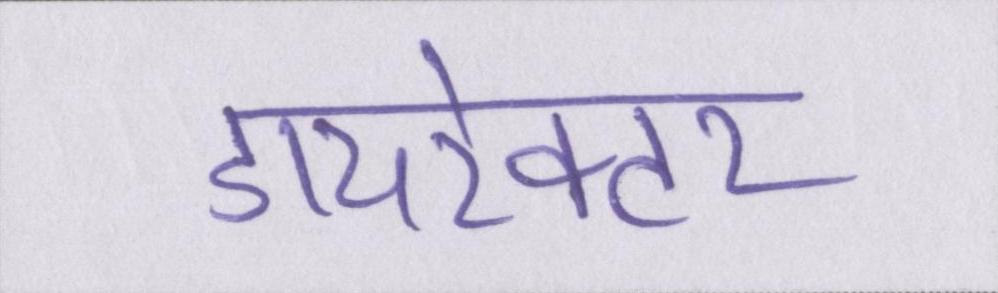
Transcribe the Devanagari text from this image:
डायरेक्टर